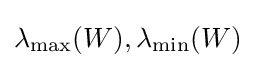
\lambda _{\max }(W),\lambda _{\min }(W)